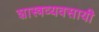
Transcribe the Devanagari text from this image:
शास्त्रव्यवसायी